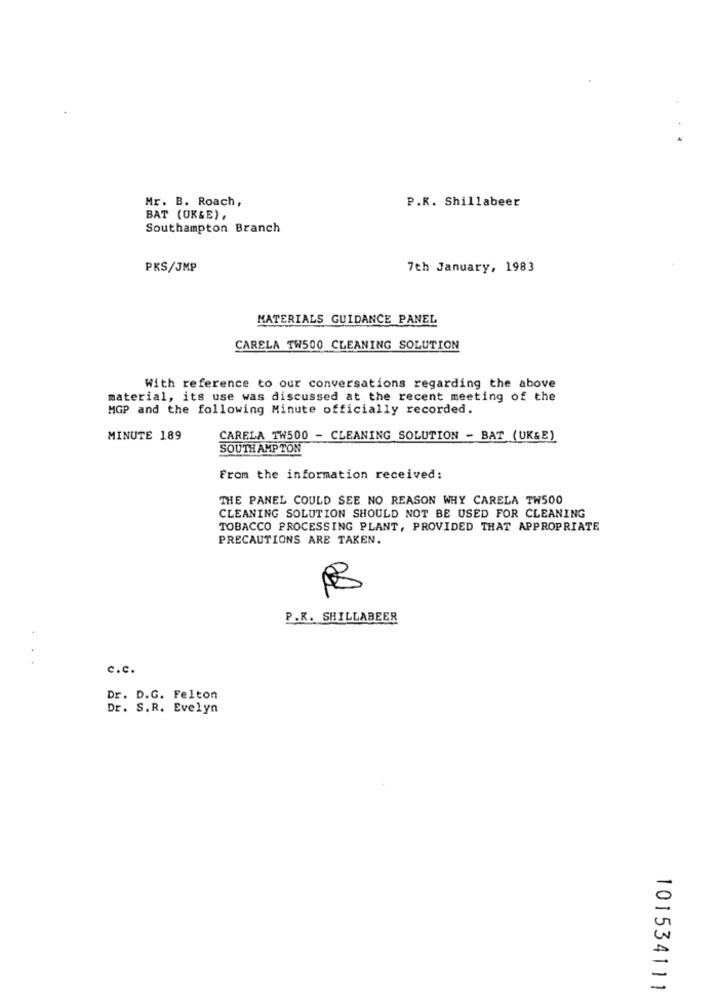
Mr. B. Roach,
P.K. Shillabeer
BAT (UK&E),
Southampton Branch
PKS/JMP
7th January, 1983
MATERIALS GUIDANCE PANEL
CARELA TW500 CLEANING SOLUTION
With reference to our conversations regarding the above
material, its use was discussed at the recent meeting of the
MGP and the following Minute officially recorded.
MINUTE 189
CARELA TW500 - CLEANING SOLUTION - BAT ( UK&E)
SOUTH AMPTON
From the information received:
THE PANEL COULD SEE NO REASON WHY CARELA TH500
CLEANING SOLUTION SHOULD NOT BE USED FOR CLEANING
TOBACCO PROCESSING PLANT, PROVIDED THAT APPROPRIATE
PRECAUTIONS ARE TAKEN.
P.K. SHILLABEER
c.c.
Dr. D.G. Felton
Dr. S.R. Evelyn
101534111